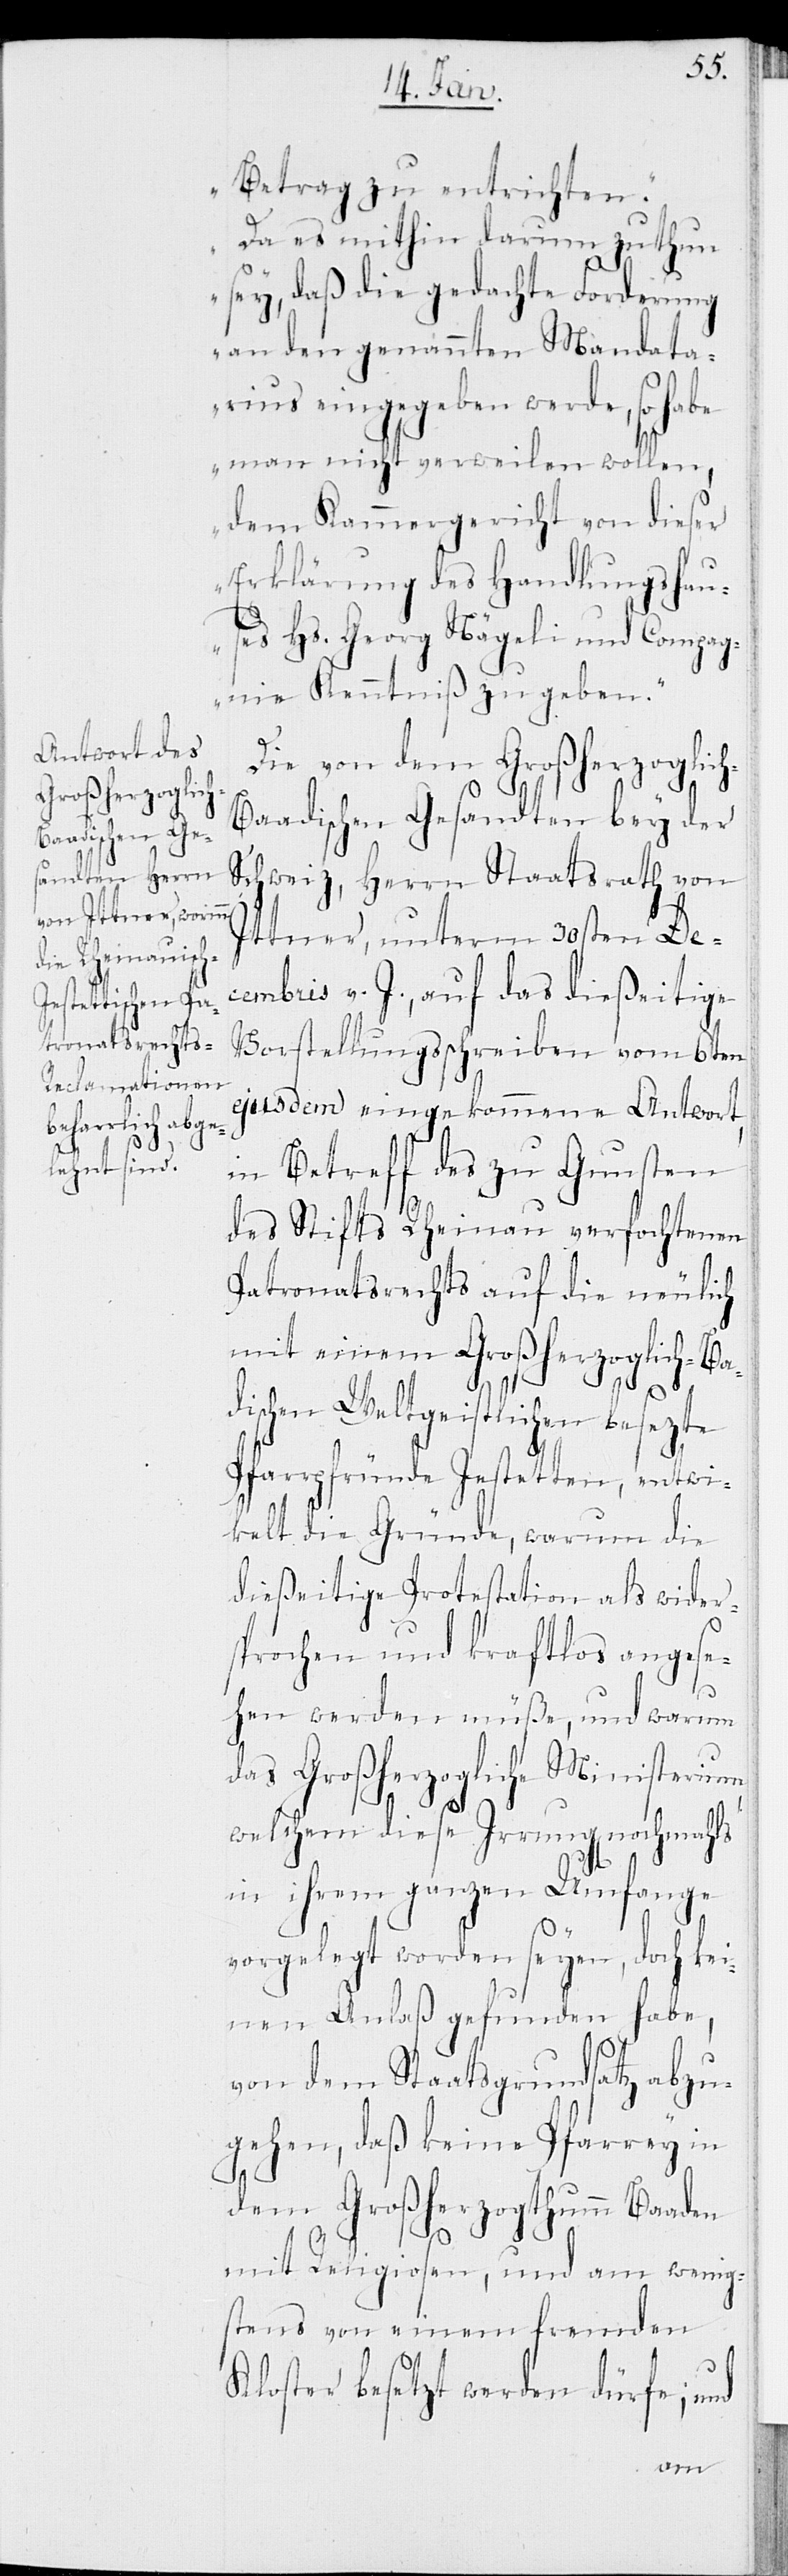
Betrag zu entrichten.
Da es mithin darum zu thun
sey, daß die gedachte Forderung
an den genannten Mandata¬
rius eingegeben werde, so habe
man nicht verweilen wollen,
dem Kammergericht von dieser
Erklärung des Handlungshau¬
ses Hs. Georg Nägeli und Compag¬
nie Kenntniß zu geben.“
Die von dem Großherzoglic¬
aadischen Gesandten bey der
Schweiz, Herrn Staatsrath von
Ittner, unterm 30sten De¬
cembris v. J., auf das dießeitige
Vorstellungsschreiben vom 6ten
ejusdem eingekommene Antwort,
in Betreff des zu Gunsten
des Stifts Rheinau verfochtenen
Patronatsrechts auf die nämlich
mit einem Großherzoglich-B¬
ischen Weltgeistlichen besezte
Pfarrpfründe Jestetten, entwi¬
kelt die Gründe, warum die
dießeitige Protestation als wider¬
sprochen und kraftlos angese¬
hen werden müße, und warum
das Großherzogliche Ministerium,
h-B¬
welchem diese Irrungen nochmahls
in ihrem ganzen Umfange
vorgelegt worden seyen, doch kei¬
nen Anlaß gefunden habe,
von dem Staatsgrundsatz abzu¬
gehen, daß keine Pfarrey in
dem Großherzogthumm Baaden
mit Religiosen, und am wenig¬
stens von einem fremden
Kloster besetzt werden dürfe; und
a[a]d¬